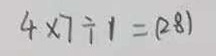
4 \times 7 \div 1 = ( 2 8 )